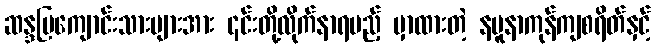
ဆန္ဒပြကျောင်းသားများအား ၎င်းတို့လိုက်နာရမည့် မှာထားတဲ့ နမူနာကုန်ကျစရိတ်နှင့်